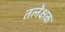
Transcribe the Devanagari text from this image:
तलेक्षक